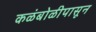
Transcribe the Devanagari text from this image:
कळंबोळीपासून